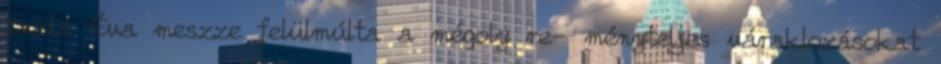
Duda Éva meszze felülmúlta a mégoly re- ményteljes váraklozásokat